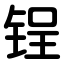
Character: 锃